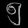
Digit: ၅